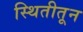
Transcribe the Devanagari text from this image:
स्थितीतून